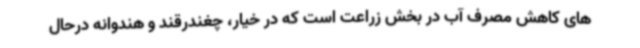
های کاهش مصرف آب در بخش زراعت است که در خیار، چغندرقند و هندوانه درحال